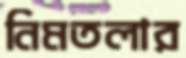
নিমতলার